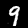
Label: 9